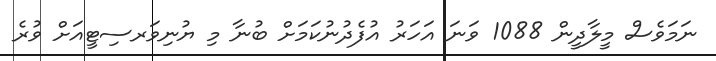
ނަމަވެސް މީލާދީން 1088 ވަނަ އަހަރު އުފެދުނުކަމަށް ބުނާ މި ޔުނިވަރސިޓީއަށް ވުރެ